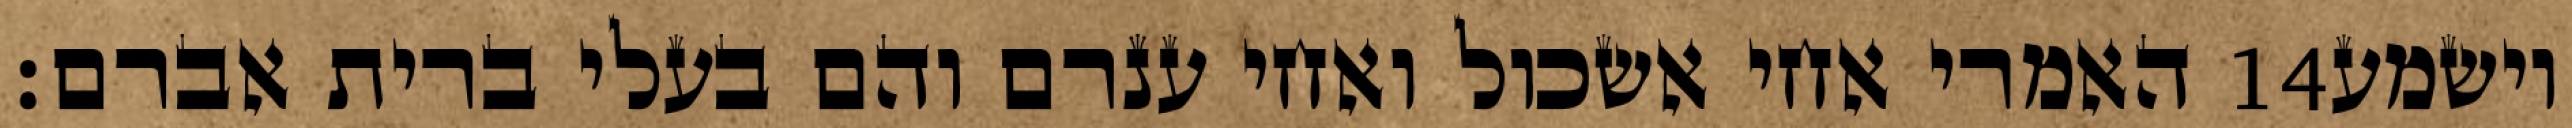
האמרי אחי אשכול ואחי ענרם והם בעלי ברית אברם׃ ‎14‏ וישמע